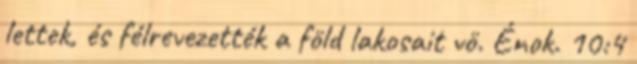
lettek, és félrevezették a föld lakosait vö. Énok. 10:4